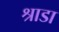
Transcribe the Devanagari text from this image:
श्राडा